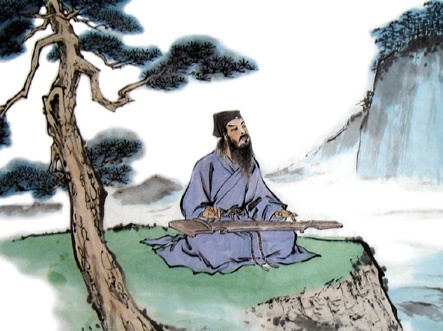
息徒兰圃，秣马华山。